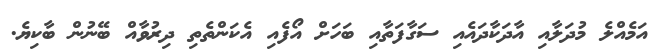
އަމެއްލެ މުދަލާއި އާދަކާދައެއި ސަގާފަތާއި ބަހަށް އޯފެއި އެކަންތެތި ދިރުވާއް ބޭނުން ބާކިޔެ.